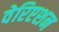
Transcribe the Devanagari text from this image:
वेरिएशन